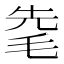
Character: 𣭟